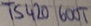
Text: TS420600T